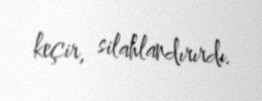
keçir, silahlandırırdı.